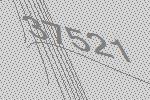
37521